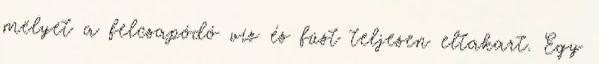
melyet a felcsapódó víz és füst teljesen eltakart. Egy